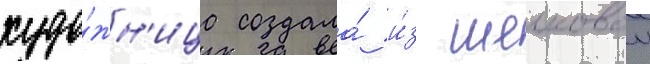
худо́жн'ица создала́ и́з шелковои